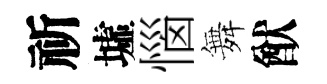
祈墟惱舞猷